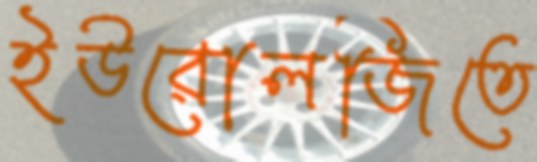
ইউরোলজিতে